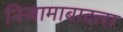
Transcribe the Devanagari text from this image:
निजामाबादला